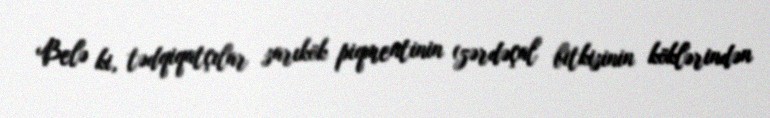
Belə ki, tədqiqatçılar sarıkök piqmentinin (zərdəçal bitkisinin köklərindən